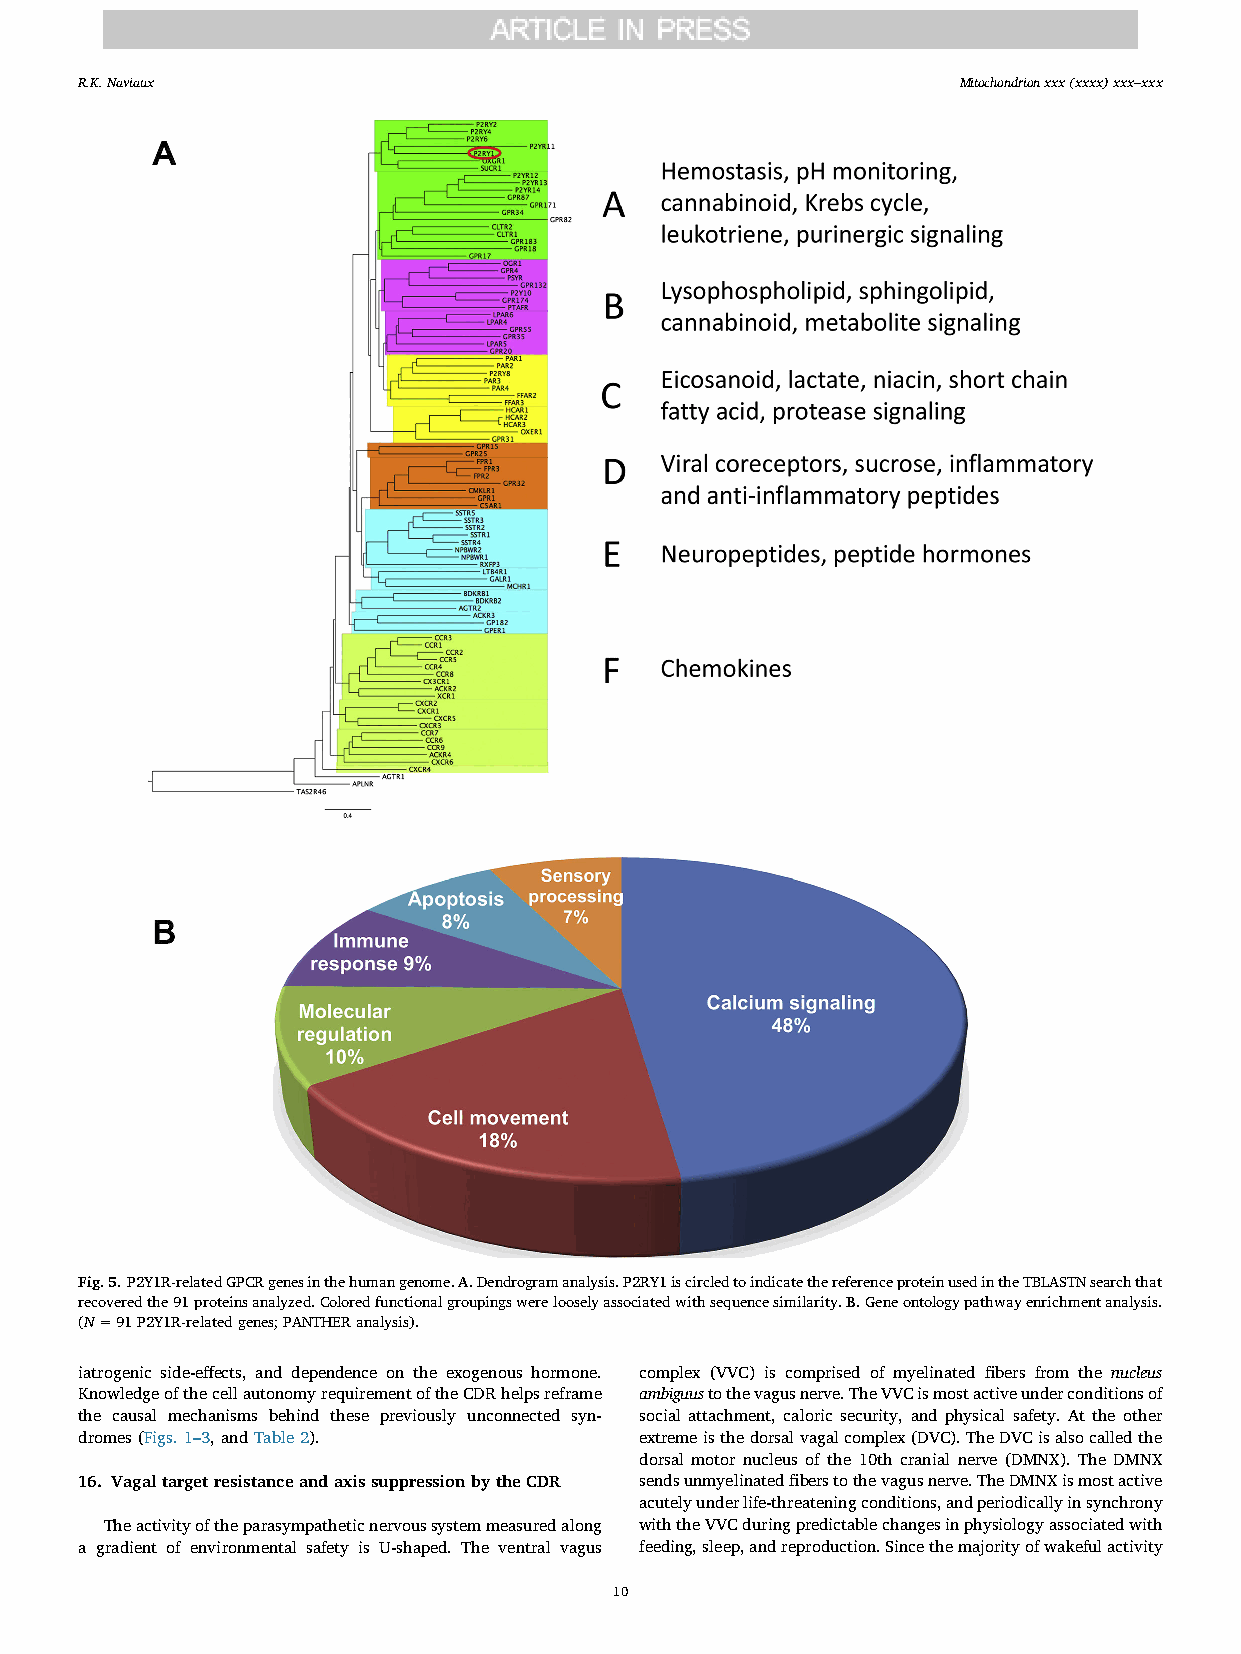
R.K.Naviaux                                               Mitochondrion xxx (xxxx) xxx–xxx
 Fig.5.P2Y1R-relatedGPCRgenesinthehumangenome.A.Dendrogramanalysis.P2RY1iscircledtoindicatethereferenceproteinusedintheTBLASTNsearchthat
 recoveredthe91proteinsanalyzed.Coloredfunctionalgroupingswerelooselyassociatedwithsequencesimilarity.B.Geneontologypathwayenrichmentanalysis.
 (N=91P2Y1R-relatedgenes;PANTHERanalysis).
 iatrogenic side-effects, and dependence on the exogenous hormone. complex (VVC) is comprised of myelinated fibers from the nucleus
 KnowledgeofthecellautonomyrequirementoftheCDRhelpsreframe ambiguustothevagusnerve.TheVVCismostactiveunderconditionsof
 the causal mechanisms behind these previously unconnected syn- social attachment, caloric security, and physical safety. At the other
 dromes(Figs.1–3,andTable2).          extremeisthedorsalvagalcomplex(DVC).TheDVCisalsocalledthe
 dorsal motor nucleus of the 10th cranial nerve (DMNX). The DMNX
 16. VagaltargetresistanceandaxissuppressionbytheCDR sendsunmyelinatedfiberstothevagusnerve.TheDMNXismostactive
 acutelyunderlife-threateningconditions,andperiodicallyinsynchrony
 Theactivityoftheparasympatheticnervoussystemmeasuredalong withtheVVCduringpredictablechangesinphysiologyassociatedwith
 a gradient of environmental safety is U-shaped. The ventral vagus feeding,sleep,andreproduction.Sincethemajorityofwakefulactivity
 10